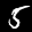
Label: 5